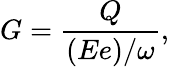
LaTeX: G=\frac{Q}{(Ee)/\omega},